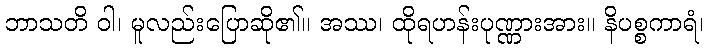
ဘာသတိ ဝါ၊ မူလည်းပြောဆို၏။ အဿ၊ ထိုရဟန်းပုဏ္ဏားအား။ နိပစ္စကာရံ၊